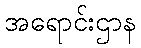
အရောင်းဌာန